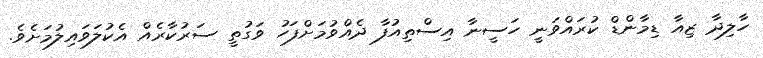
ހާލިދާ ޒިއާ ޑިމާންޑް ކުރައްވަނީ ހަސީނާ އިސްތިއުފާ ދެއްވުމަށްފަހު ވަގުތީ ސަރުކާރެއް އެކުލަވައިލުމަށެވެ.